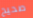
صحيح